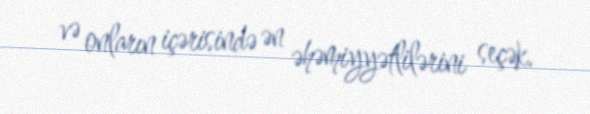
və onların içərisində ən əhəmiyyətlilərini seçək.